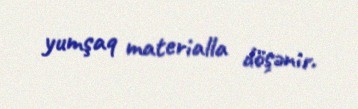
yumşaq materialla döşənir.